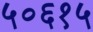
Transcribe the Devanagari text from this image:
५०६१५